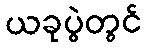
ယခုပွဲတွင်